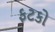
ફટકો